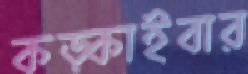
কড়্‌কাইবার